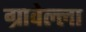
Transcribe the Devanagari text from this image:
ग्रावेल्ला